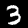
Label: 3